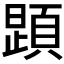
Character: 𲊱